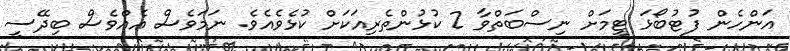
އަންހެން ފުޓުބޯޅަ ޓީމަށް ނިސްބަތްވާ 2 ކުޅުންތެރިއަކަށް ކުޅެވެއެވެ. ނަމަވެސް އެއްވެސް ބިދޭސީ